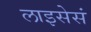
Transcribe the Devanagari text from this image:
लाइसेसं